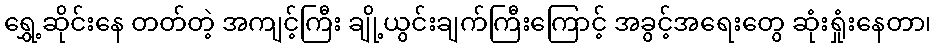
ရွှေ့ဆိုင်းနေ တတ်တဲ့ အကျင့်ကြီး ချို့ယွင်းချက်ကြီးကြောင့် အခွင့်အရေးတွေ ဆုံးရှုံးနေတာ၊